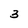
Character: 3